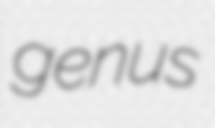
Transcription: genus